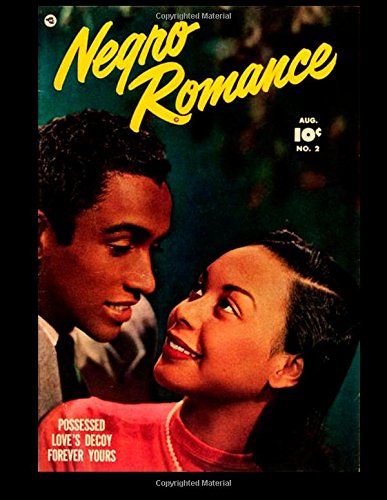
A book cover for Negro Romance #2: 1950's Romance Comic Book; Kari A Therrian; Comics & Graphic Novels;